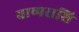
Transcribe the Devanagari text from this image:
वाष्पराशि